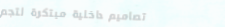
تصاميم داخلية مبتكرة لتجم